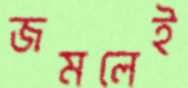
জমলেই